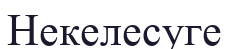
Некелесуге